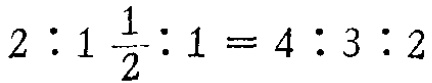
$2:1\frac{1}{2}:1 = 4:3:2$